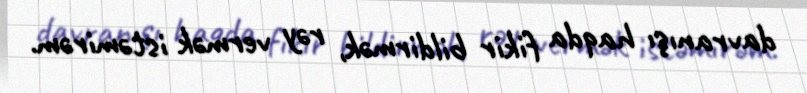
davranışı haqda fikir bildirmək, rəy vermək istəmirəm.